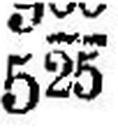
525